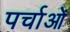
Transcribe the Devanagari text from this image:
पर्चाओं